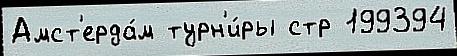
Амст'ерда́м турн'и́ры стр 199394